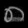
Digit: ၈